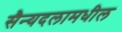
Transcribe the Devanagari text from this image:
सैन्यदलामधील